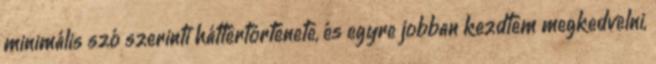
minimális szó szerinti háttértörténete, és egyre jobban kezdtem megkedvelni,